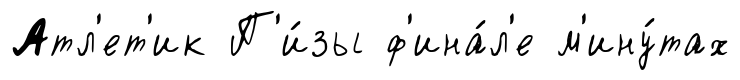
Атл'ет'ик П'и́зы ф'ина́л'е м'ину́тах